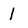
Character: l